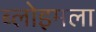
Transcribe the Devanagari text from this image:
ब्लोइमला